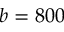
b = 8 0 0